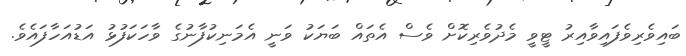
ބައިވެރިވެފައިވާއިރު ޓީވީ މެދުވެރިކޮށް ވެސް އެތައް ބަޔަކު ވަނީ އެމަނިކުފާނުގެ ވާހަކަފުޅު އަޑުއަހާފައެވެ.